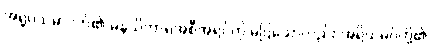
အရူပသမာပတ်၏ မနသိကာရအစီအရင်ကို မပြသော်လည်း အရိယမဂ်တို့၏